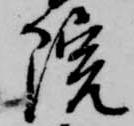
院